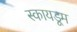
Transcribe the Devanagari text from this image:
स्कायडूम